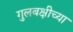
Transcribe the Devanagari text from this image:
गुलबक्षीच्या